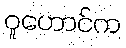
ဝူဟောင်က